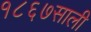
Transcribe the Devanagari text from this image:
१८६७साली